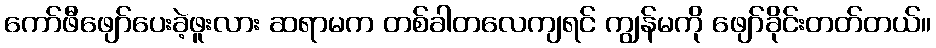
ကော်ဖီဖျော်ပေးခဲ့ဖူးလား ဆရာမက တစ်ခါတလေကျရင် ကျွန်မကို ဖျော်ခိုင်းတတ်တယ်။